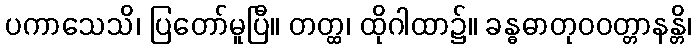
ပကာသေသိ၊ ပြတော်မူပြီ။ တတ္ထ၊ ထိုဂါထာ၌။ ခန္ဓဓာတုဝဝတ္တာနန္တိ၊